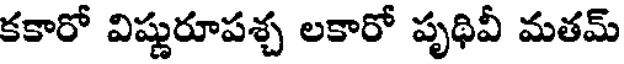
కకారో విష్ణురూపశ్చ లకారో పృథివీ మతమ్